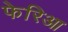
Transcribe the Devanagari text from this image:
फेरिआ